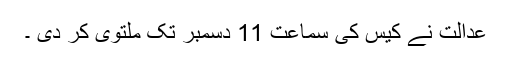
عدالت نے کیس کی سماعت 11 دسمبر تک ملتوی کر دی ۔